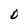
Character: D